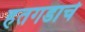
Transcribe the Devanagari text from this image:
हतगडाचे